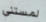
لمستني